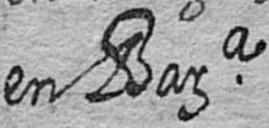
en Bara